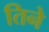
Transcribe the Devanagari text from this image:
तिनेे